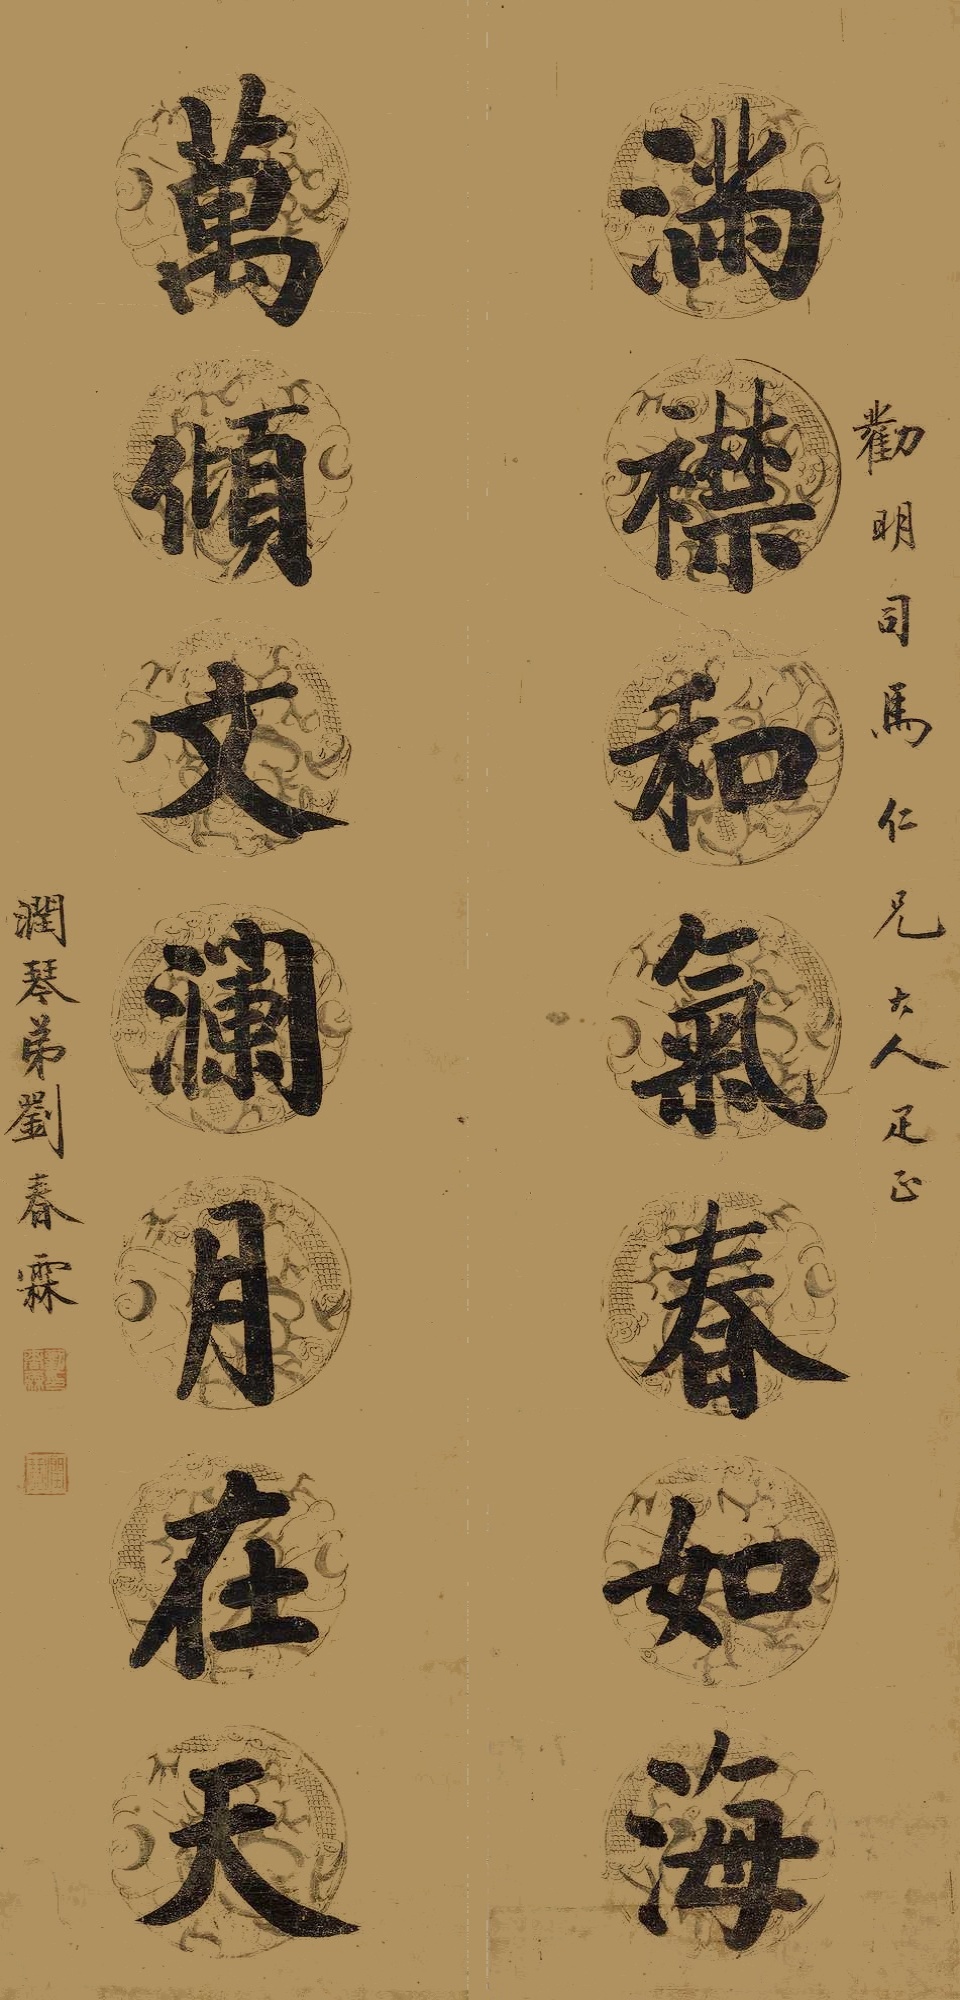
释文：满襟和气春如海，万倾文澜月在天。劝明司马仁兄大人疋正。润琴弟刘春霖。